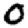
Digit: 0